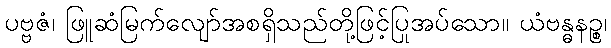
ပဗ္ဗဇံ၊ ဖြူဆံမြက်လျော်အစရှိသည်တို့ဖြင့်ပြုအပ်သော။ ယံဗန္ဓနဉ္စ၊